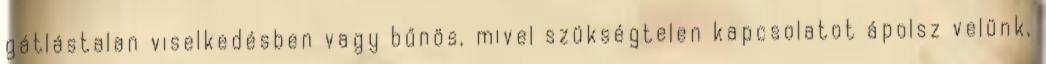
gátlástalan viselkedésben vagy bűnös, mivel szükségtelen kapcsolatot ápolsz velünk,